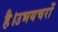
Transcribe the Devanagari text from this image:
है।उभयचरों